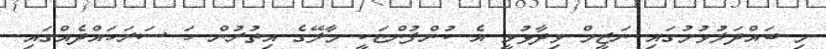
މި ބައްދަލުވުމުގައި ނަޒީމް ވިދާޅުވީ އެ ކުންފުންޏަކީ މާލޭގެ އިތުރުން ހަ ސަރަހައްދެއްގައި